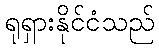
ရုရှားနိုင်ငံသည်